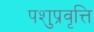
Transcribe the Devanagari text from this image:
पशुप्रवृत्ति